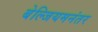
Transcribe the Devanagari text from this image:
बेल्जियमनंतर